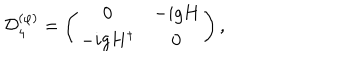
{ \cal D } _ { 4 } ^ { ( \varphi ) } = \left( \begin{array} { c c } { { 0 } } & { { - i g H } } \\ { { - i g H ^ { \dagger } } } & { { 0 } } \\ \end{array} \right) ,